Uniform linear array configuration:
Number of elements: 64
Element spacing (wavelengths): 0.5
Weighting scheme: exponential
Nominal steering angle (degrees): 60
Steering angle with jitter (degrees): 61.646
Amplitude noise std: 0.05
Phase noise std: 0.05

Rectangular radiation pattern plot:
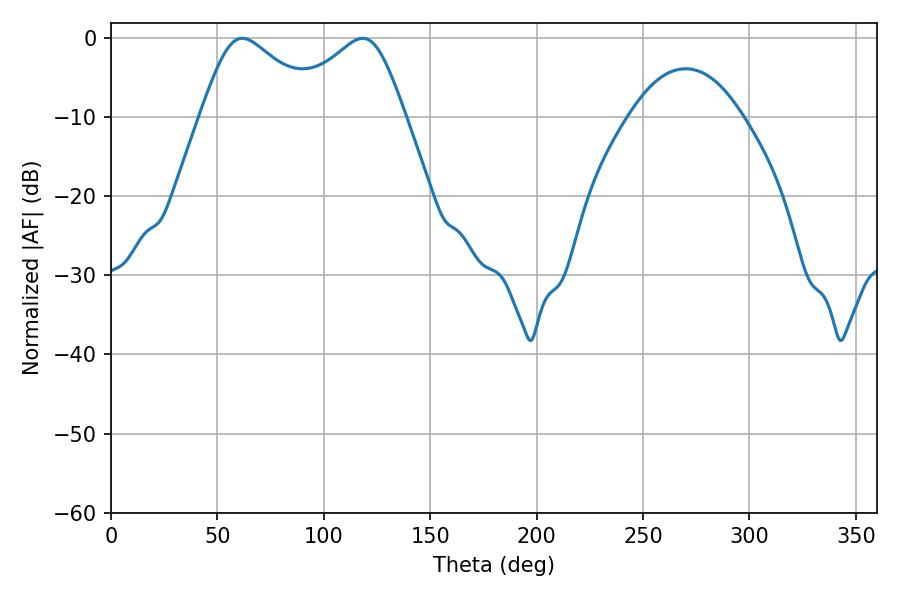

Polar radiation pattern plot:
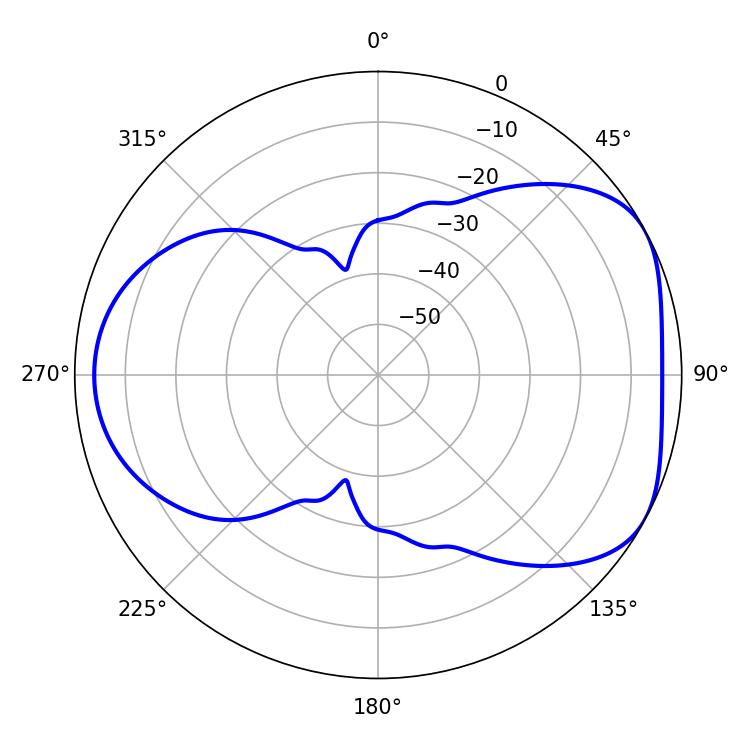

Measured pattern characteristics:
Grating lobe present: FALSE
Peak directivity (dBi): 4.925
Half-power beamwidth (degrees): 28.08
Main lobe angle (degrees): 61.74